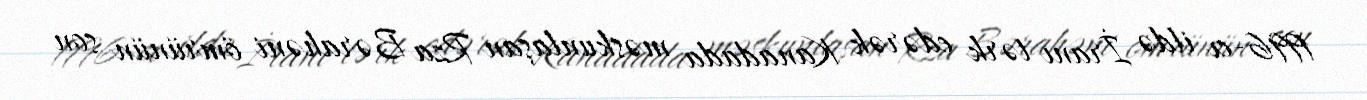
1996-cı ildə İranı tərk edərək Kanadada məskunlaşan Rza Bərahəni ömrünün son